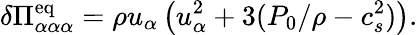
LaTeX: \delta\Pi_{\alpha\alpha\alpha}^{\mathrm{eq}}=\rho u_{\alpha}\left(u_{\alpha}^{2}+3(P_{0}/\rho-c_{s}^{2})\right).